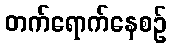
တက်ရောက်နေစဉ်